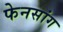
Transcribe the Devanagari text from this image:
फेनसांग